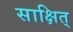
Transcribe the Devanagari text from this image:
साक्षित्‌